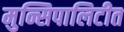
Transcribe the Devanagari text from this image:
मुन्सिपालिटीत